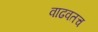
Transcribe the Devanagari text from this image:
वाढवतच